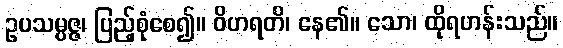
ဥပသမ္ပဇ္ဇ၊ ပြည့်စုံစေ၍။ ဝိဟရတိ၊ နေ၏။ သော၊ ထိုရဟန်းသည်။